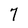
Character: 7